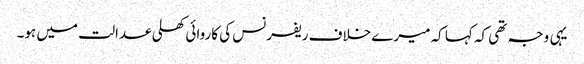
یہی وجہ تھی کہ کہا کہ میرے خلاف ریفرنس کی کاروائی کھلی عدالت میں ہو۔